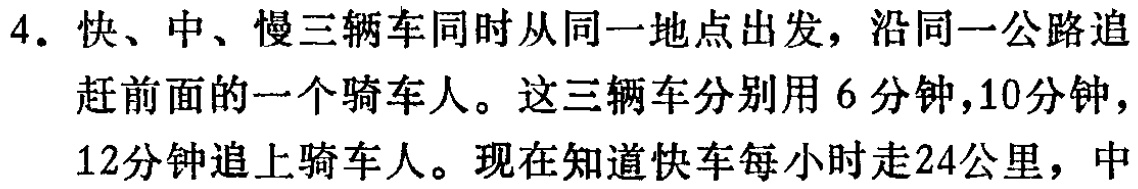
4. 快、中、慢三辆车同时从同一地点出发，沿同一公路追
赶前面的一个骑车人。这三辆车分别用 6 分钟，10分钟，
12分钟追上骑车人。现在知道快车每小时走24公里，中